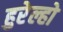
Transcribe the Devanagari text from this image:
हुरेल्हो